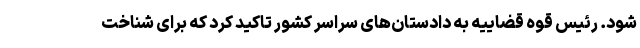
شود. رئیس قوه قضاییه به دادستان‌های سراسر کشور تاکید کرد که برای شناخت